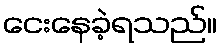
ငေးနေခဲ့ရသည်။